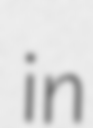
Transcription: in